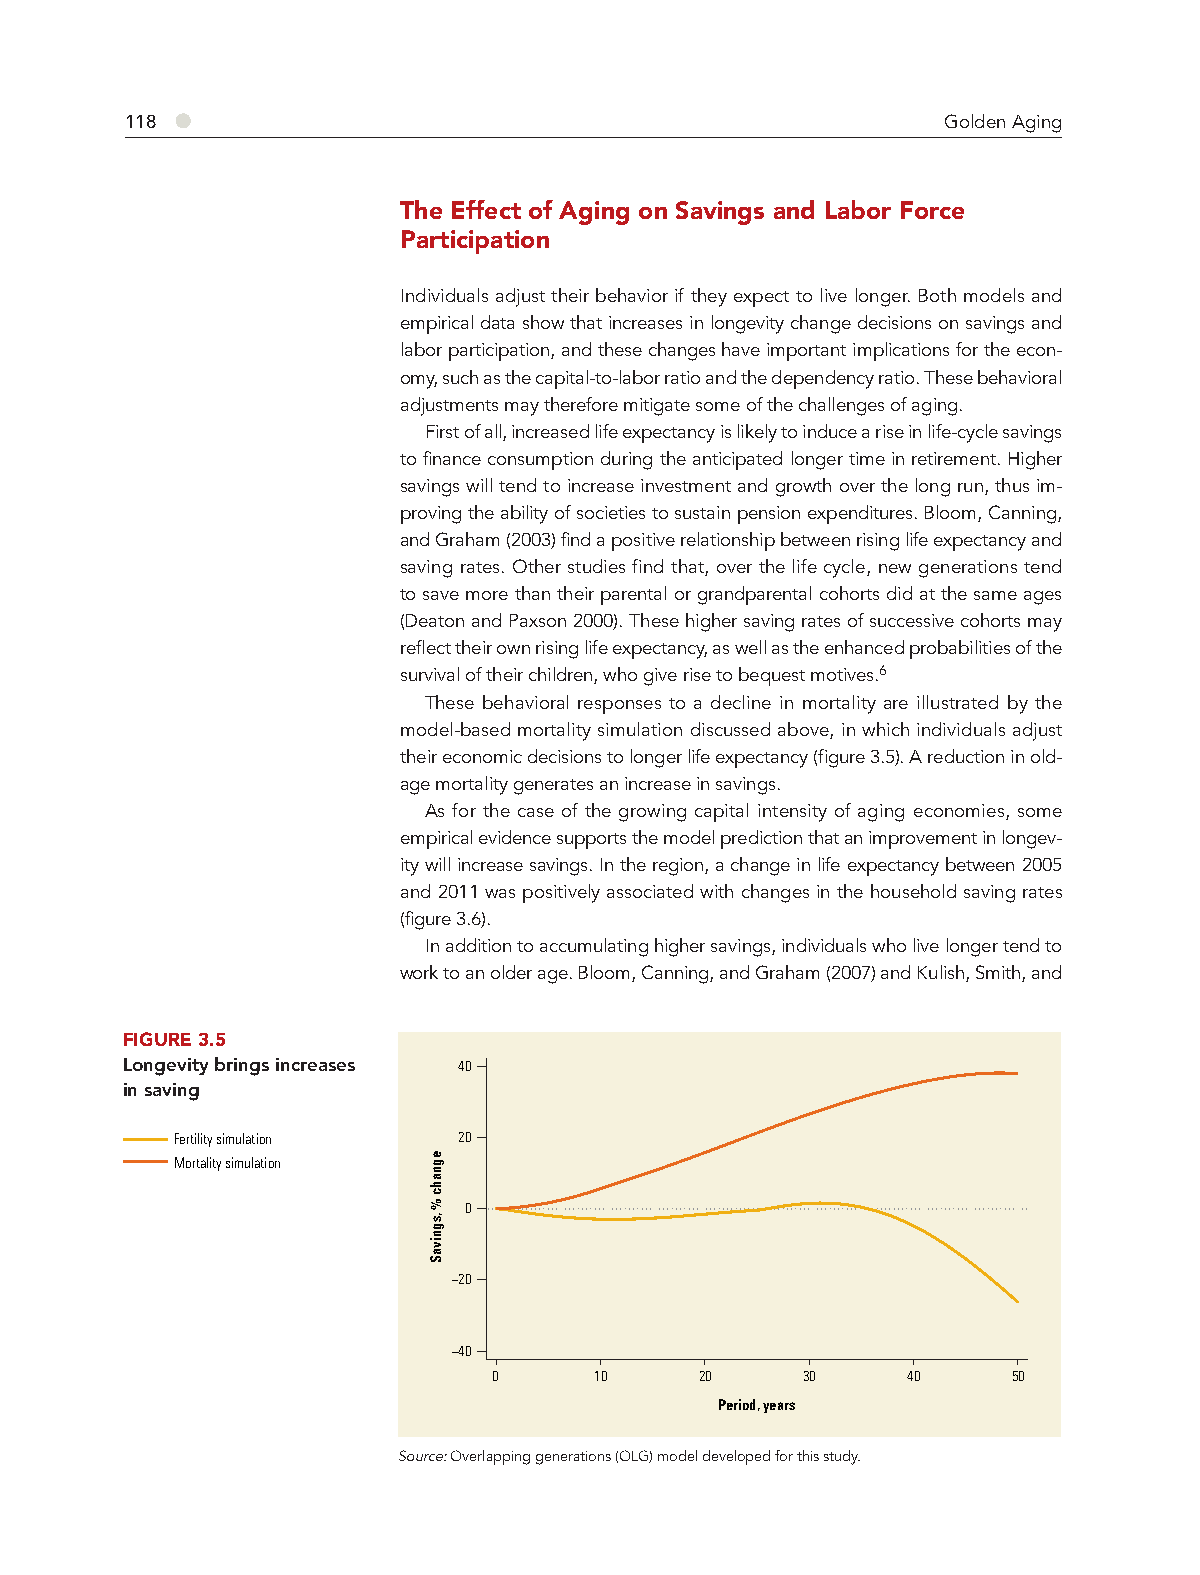
●
 118                                                    Golden Aging
 The Effect of Aging on Savings and Labor Force
 Participation
 Individuals adjust their behavior if they expect to live longer. Both models and
 empirical data show that increases in longevity change decisions on savings and
 labor participation, and these changes have important implications for the econ-
 omy, such as the capital-to-labor ratio and the dependency ratio. These behavioral
 adjustments may therefore mitigate some of the challenges of aging.
 First of all, increased life expectancy is likely to induce a rise in life-cycle savings
 to finance consumption during the anticipated longer time in retirement. Higher
 savings will tend to increase investment and growth over the long run, thus im-
 proving the ability of societies to sustain pension expenditures. Bloom, Canning,
 and Graham (2003) find a positive relationship between rising life expectancy and
 saving rates. Other studies find that, over the life cycle, new generations tend
 to save more than their parental or grandparental cohorts did at the same ages
 (Deaton and Paxson 2000). These higher saving rates of successive cohorts may
 reflect their own rising life expectancy, as well as the enhanced probabilities of the
 survival of their children, who give rise to bequest motives.6
 These behavioral responses to a decline in mortality are illustrated by the
 model-based mortality simulation discussed above, in which individuals adjust
 their economic decisions to longer life expectancy (figure 3.5). A reduction in old-
 age mortality generates an increase in savings.
 As for the case of the growing capital intensity of aging economies, some
 empirical evidence supports the model prediction that an improvement in longev-
 ity will increase savings. In the region, a change in life expectancy between 2005
 and 2011 was positively associated with changes in the household saving rates
 (figure 3.6).
 In addition to accumulating higher savings, individuals who live longer tend to
 work to an older age. Bloom, Canning, and Graham (2007) and Kulish, Smith, and
 FIGURE 3.5
 Longevity brings increases 40
 in saving
 Fertility simulation 20
 Mortality simulation
 0
 −20
 −40
 0     10     20     30     40     50
 Period, years
 Source: Overlapping generations (OLG) model developed for this study.
 egnahc
 %
 ,sgnivaS